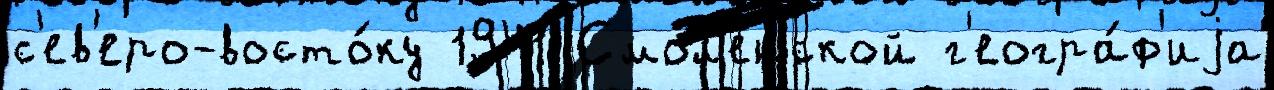
с'ев'еро-восто́ку 1941 Смол'е́нской г'еогра́ф'иjа